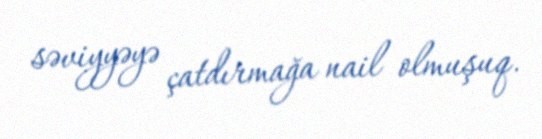
səviyyəyə çatdırmağa nail olmuşuq.